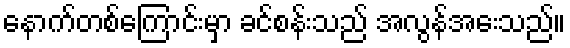
နောက်တစ်ကြောင်းမှာ ခင်စန်းသည် အလွန်အေးသည်။